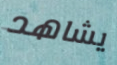
يشاهد